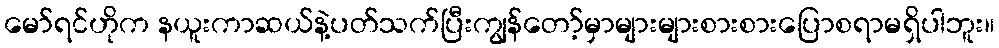
မော်ရင်ဟိုက နယူးကာဆယ်နဲ့ပတ်သက်ပြီးကျွန်တော့်မှာများများစားစားပြောစရာမရှိပါဘူး။